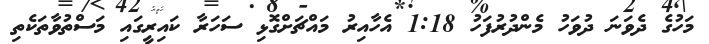
މަހުގެ ދެވަނަ ދުވަހު މެންދުރުފަހު 1:18 އެހާއިރު މައްޗަށްގޮޅި ސަހަރާ ކައިރީގައި މަސްތުވާތަކެތި